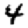
Digit: 4